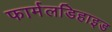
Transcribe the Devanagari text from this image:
फार्मलडिहाइड